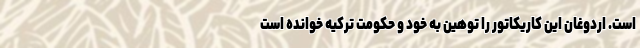
است. اردوغان این کاریکاتور را توهین به خود و حکومت ترکیه خوانده است